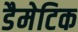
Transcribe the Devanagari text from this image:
डैमेटिक